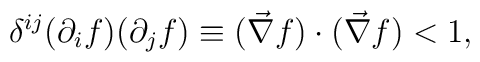
\delta^{ij}(\partial_{i}f)(\partial_{j} f)\equiv (\vec{\nabla}f)\cdot (\vec{\nabla}f) <1,